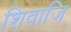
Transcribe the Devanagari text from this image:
शिवाजि